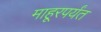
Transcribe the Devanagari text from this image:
माहूरपर्यंत